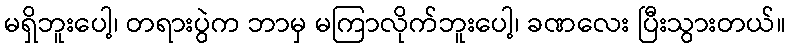
မရှိဘူးပေါ့၊ တရားပွဲက ဘာမှ မကြာလိုက်ဘူးပေါ့၊ ခဏလေး ပြီးသွားတယ်။